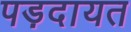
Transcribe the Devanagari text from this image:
पड़दायत